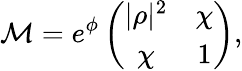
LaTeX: {\cal M}=e^{\phi}\left(\begin{array}{cc}{{|\rho|^{2}}}&{{\chi}}\\ {{\chi}}&{{1}}\end{array}\right),